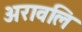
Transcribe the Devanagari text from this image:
अरावलि